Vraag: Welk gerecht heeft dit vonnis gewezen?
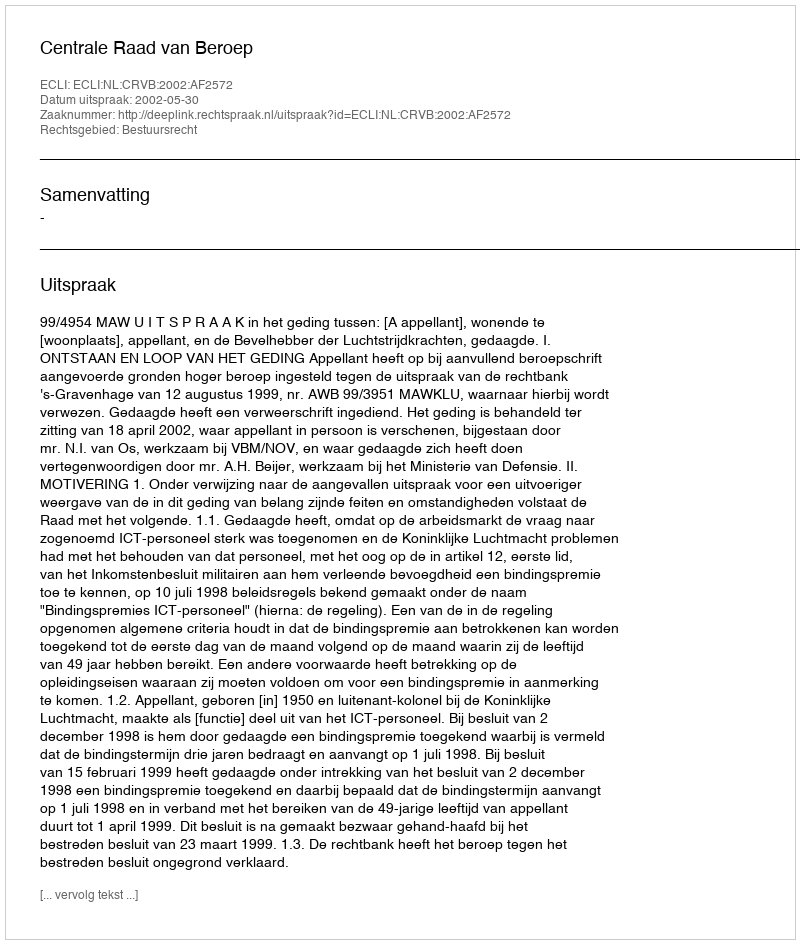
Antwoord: Centrale Raad van Beroep